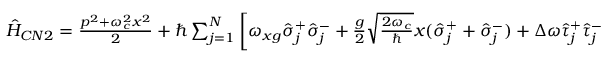
\begin{array} { r } { \hat { H } _ { C N 2 } = \frac { p ^ { 2 } + \omega _ { c } ^ { 2 } x ^ { 2 } } { 2 } + \hbar \sum _ { j = 1 } ^ { N } \left[ \omega _ { x g } \hat { \sigma } _ { j } ^ { + } \hat { \sigma } _ { j } ^ { - } + \frac { g } { 2 } \sqrt { \frac { 2 \omega _ { c } } { \hbar } } x ( \hat { \sigma } _ { j } ^ { + } + \hat { \sigma } _ { j } ^ { - } ) + \Delta \omega \hat { \tau } _ { j } ^ { + } \hat { \tau } _ { j } ^ { - } + \lambda \hat { \sigma } _ { j } ^ { + } \hat { \sigma } _ { j } ^ { - } ( \hat { \tau } _ { j } ^ { + } + \hat { \tau } _ { j } ^ { - } ) \right] . } \end{array}